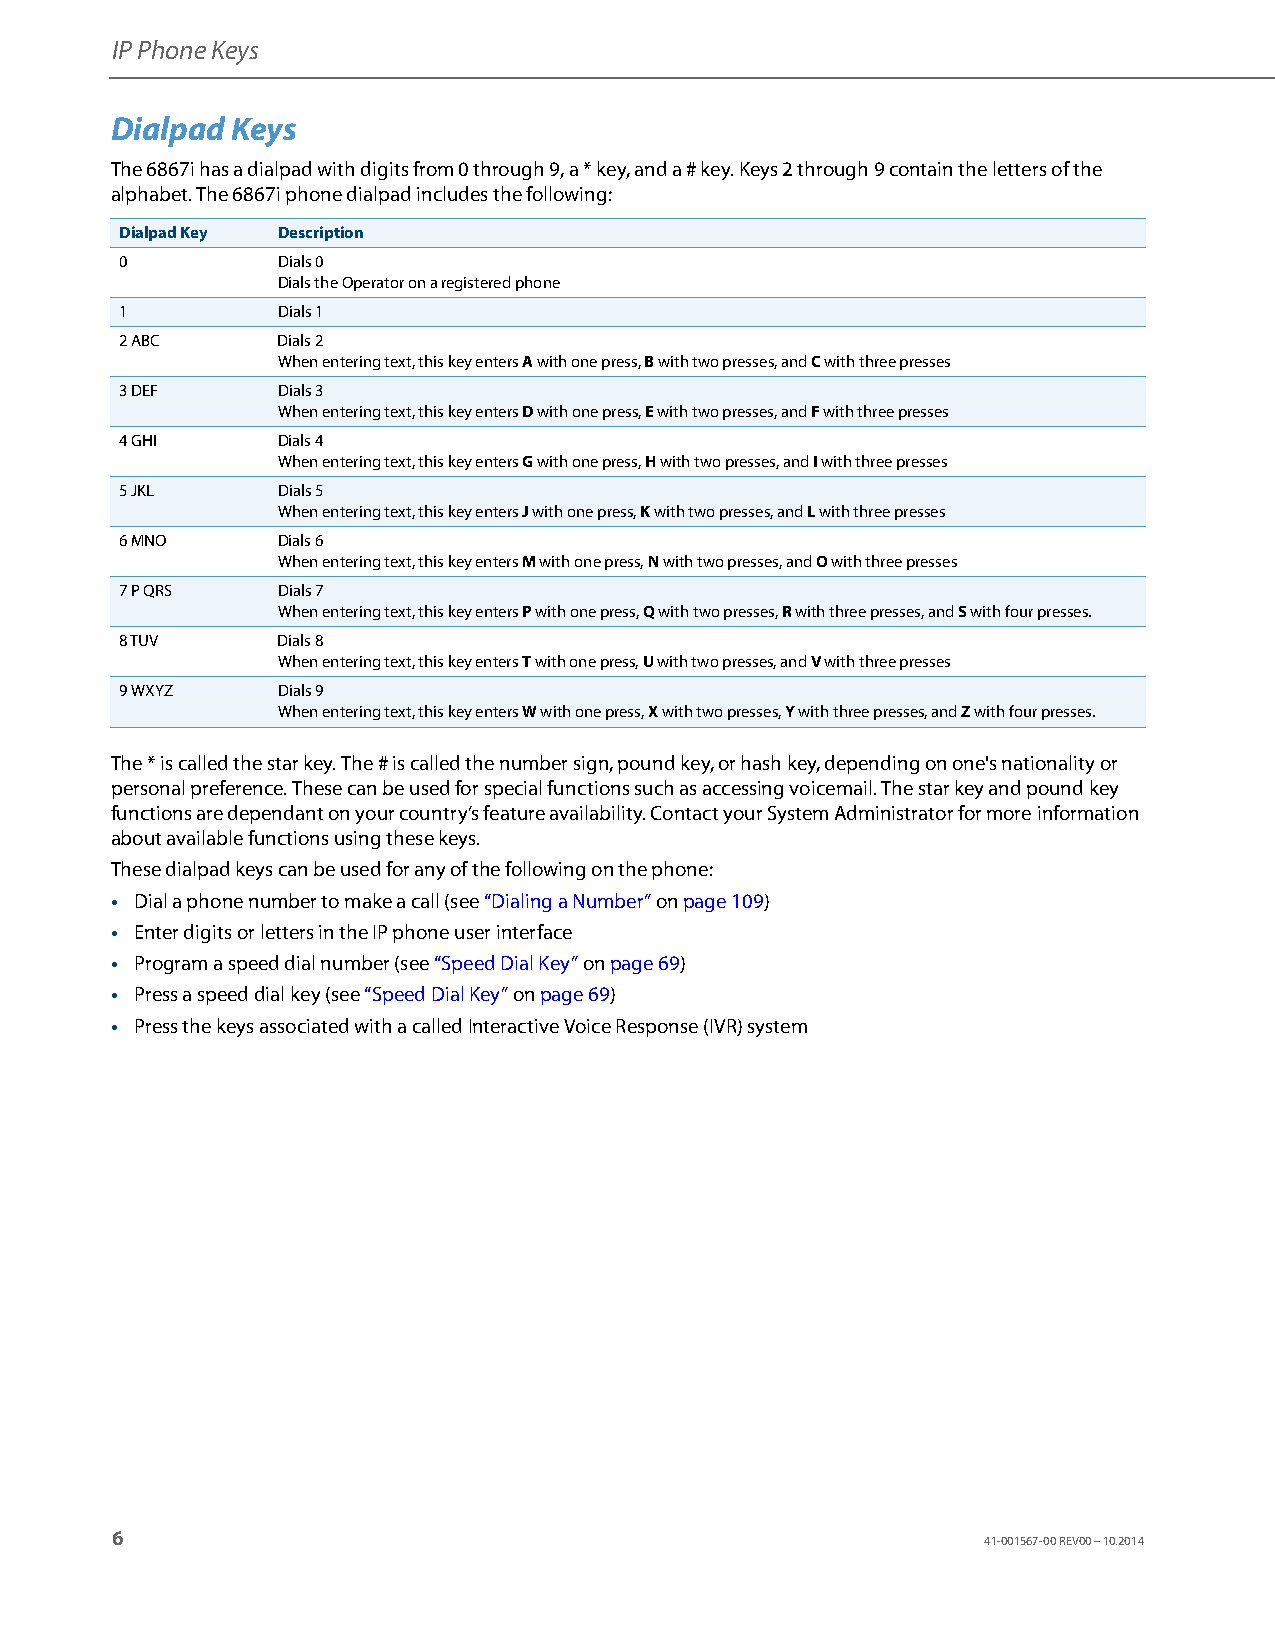
IP Phone Keys
 Dialpad Keys
 The 6867i has a dialpad with digits from 0 through 9, a * key, and a # key. Keys 2 through 9 contain the letters of the
 alphabet. The 6867i phone dialpad includes the following:
 Dialpad Key Description
 0         Dials 0
 Dials the Operator on a registered phone
 1         Dials 1
 2 ABC     Dials 2
 When entering text, this key enters A with one press, B with two presses, and C with three presses
 3 DEF     Dials 3
 When entering text, this key enters D with one press, E with two presses, and F with three presses
 4 GHI     Dials 4
 When entering text, this key enters G with one press, H with two presses, and I with three presses
 5 JKL     Dials 5
 When entering text, this key enters J with one press, K with two presses, and L with three presses
 6 MNO     Dials 6
 When entering text, this key enters M with one press, N with two presses, and O with three presses
 7 P QRS   Dials 7
 When entering text, this key enters P with one press, Q with two presses, R with three presses, and S with four presses.
 8 TUV     Dials 8
 When entering text, this key enters T with one press, U with two presses, and V with three presses
 9 WXYZ    Dials 9
 When entering text, this key enters W with one press, X with two presses, Y with three presses, and Z with four presses.
 The * is called the star key. The # is called the number sign, pound key, or hash key, depending on one's nationality or
 personal preference. These can be used for special functions such as accessing voicemail. The star key and pound key
 functions are dependant on your country’s feature availability. Contact your System Administrator for more information
 about available functions using these keys.
 These dialpad keys can be used for any of the following on the phone:
 • Dial a phone number to make a call (see “Dialing a Number” on page109)
 • Enter digits or letters in the IP phone user interface
 • Program a speed dial number (see “Speed Dial Key” on page69)
 • Press a speed dial key (see “Speed Dial Key” on page69)
 • Press the keys associated with a called Interactive Voice Response (IVR) system
 6
 41-001567-00 REV00 – 10.2014